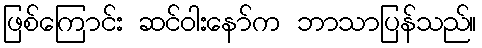
ဖြစ်ကြောင်း ဆင်ဝါးနော်က ဘာသာပြန်သည်။